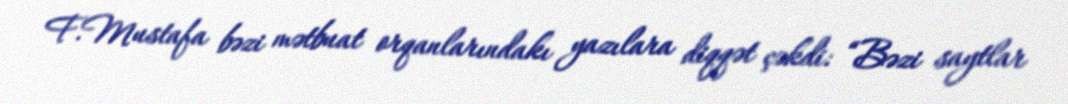
F.Mustafa bəzi mətbuat orqanlarındakı yazılara diqqət çəkdi: “Bəzi saytlar